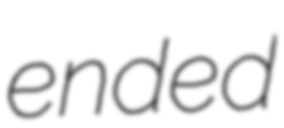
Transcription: ended